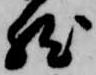
然